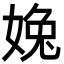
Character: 婏